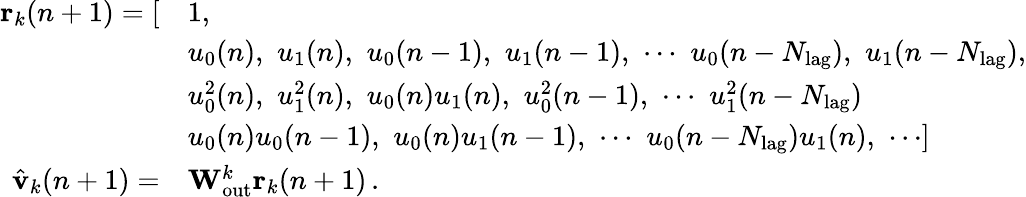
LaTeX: \begin{array}{rl}{\mathbf{r}_{k}(n+1)=[}&{1,}\\ &{u_{0}(n),\, \, u_{1}(n),\, \, u_{0}(n-1),\, \, u_{1}(n-1),\, \, \cdots\, \, u_{0}(n-N_{\mathrm{lag}}),\, \, u_{1}(n-N_{\mathrm{lag}}),}\\ &{u_{0}^{2}(n),\, \, u_{1}^{2}(n),\, \, u_{0}(n)u_{1}(n),\, \, u_{0}^{2}(n-1),\, \, \cdots\, \, u_{1}^{2}(n-N_{\mathrm{lag}})}\\ &{u_{0}(n)u_{0}(n-1),\, \, u_{0}(n)u_{1}(n-1),\, \, \cdots\, \, u_{0}(n-N_{\mathrm{lag}})u_{1}(n),\, \, \cdots]}\\ {\hat{\mathbf{v}}_{k}(n+1)=}&{\mathbf{W}_{\mathrm{out}}^{k}\mathbf{r}_{k}(n+1)\, .}\end{array}